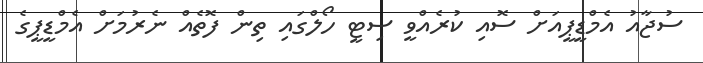
ސުޖާއު އެމްޑީޕީއަށް ސޮއި ކުރެއްވީ ސިޓީ ހޯލްގައި ތިން ފޮތެއް ނެރުމަށް އެމްޑީޕީގެ